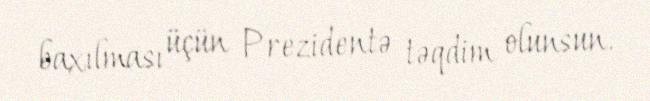
baxılması üçün Prezidentə təqdim olunsun.